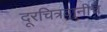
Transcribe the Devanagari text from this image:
दूरचित्रवानीचे